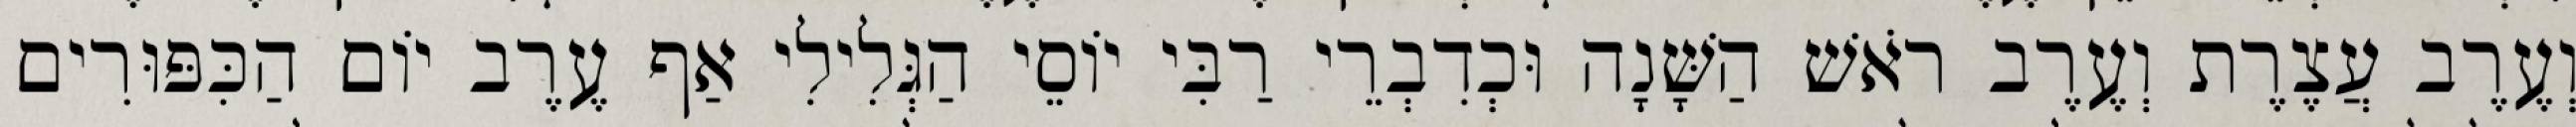
וְעֶרֶב עֲצֶרֶת וְעֶרֶב רֹאשׁ הַשָּׁנָה וּכְדִבְרֵי רַבִּי יוֹסֵי הַגְּלִילִי אַף עֶרֶב יוֹם הַכִּפּוּרִים